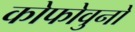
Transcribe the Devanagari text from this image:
कोफोवुनो